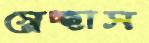
স্বেচ্ছাস